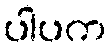
ပါပက